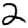
Digit: 2